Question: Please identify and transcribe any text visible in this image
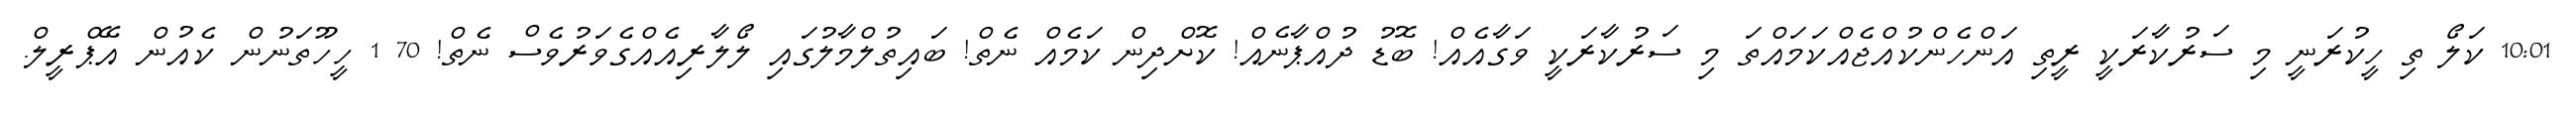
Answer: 10:01 ކަލޯ ތި ހީކުރަނީ މި ސަރުކާރަކީ ރީތި އަންހެންކުއްޖެއްކަމައްތަ މި ސަރުކާރަކީ ވަގާއެއް! ބޮޑު ދުއްޕާނެއް! ކޮށްދިން ކަމެއް ނެތް! ބައިތުލްމާލުގައި ލޯލާރިއެއްގެވަރުވެސް ނެތް! 70 1 ހީހޫތަނުން ކެއުން އޭޕްރީލް.